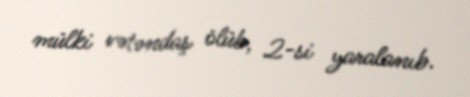
mülki vətəndaş ölüb, 2-si yaralanıb.